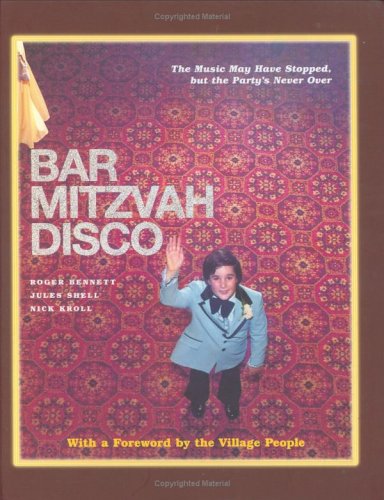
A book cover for Bar Mitzvah Disco: The Music May Have Stopped, but the Party's Never Over; Roger Bennett; Humor & Entertainment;